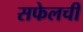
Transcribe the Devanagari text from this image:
सफेलची